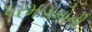
પરમાગમોની